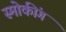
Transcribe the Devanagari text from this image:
स्मोकींग